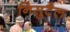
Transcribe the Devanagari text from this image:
निसुटैल